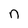
Character: n